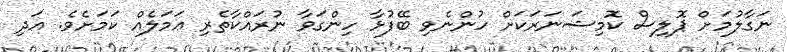
ނަގާލުމަށް ޕޮލިސް ކޮމިޝަނަރަކަށް ހުންނެވި ބޭފުޅާ ހިންގަވާ ނުރައްކާތެރި ޢަމަލެއް ކަމަށެވެ. އަދި